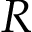
R